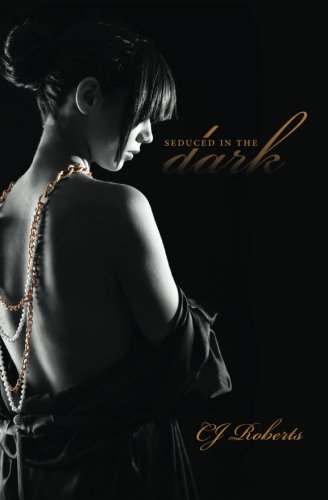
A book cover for Seduced in the Dark: The Dark Duet (Volume 2); CJ Roberts; Romance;